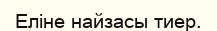
Еліне найзасы тиер.